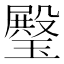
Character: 𤩱